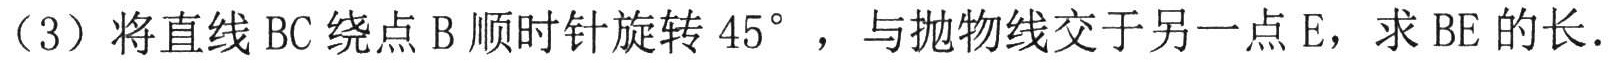
（3）将直线\(BC\)绕点\(B\)顺时针旋转\(45^{\circ}\) ，与抛物线交于另一点\(E\)，求\(BE\)的长.